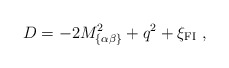
\begin{align*}D=-2M_{\{\alpha\beta\}}^2 +q^2+\xi_{\rm{\small FI}}~,\end{align*}